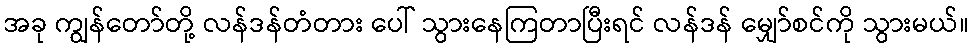
အခု ကျွန်တော်တို့ လန်ဒန်တံတား ပေါ် သွားနေကြတာပြီးရင် လန်ဒန် မျှော်စင်ကို သွားမယ်။